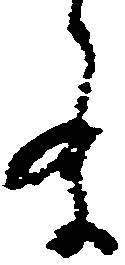
条